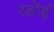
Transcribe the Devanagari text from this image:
रडोई